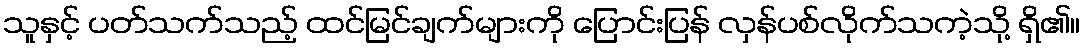
သူနှင့် ပတ်သက်သည့် ထင်မြင်ချက်များကို ပြောင်းပြန် လှန်ပစ်လိုက်သကဲ့သို့ ရှိ၏။